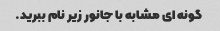
گونه ای مشابه با جانور زیر نام ببرید.